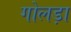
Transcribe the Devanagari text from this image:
गोलड़ा